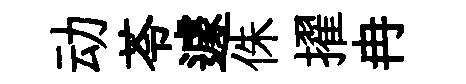
动苓遽侏擢冉